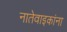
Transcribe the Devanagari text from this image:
नातेवाइकांना